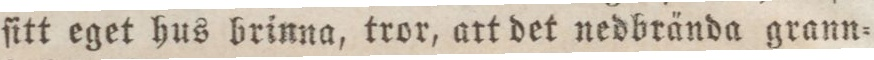
ſitt eget hus brinna, tror, att det nedbrända grann=